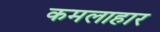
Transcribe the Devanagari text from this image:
कमलाहार